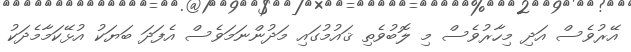
އޭރުވެސް އަދި މިހާރުވެސް މި ލޮބުވެތި ޤައުމުގައި މަދުންނަމަވެސް އެފަދަ ބަޔަކު އުޅޭކަމާމެދަކު